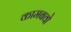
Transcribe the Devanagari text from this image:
कामबवो